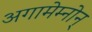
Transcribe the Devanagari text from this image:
अगामेम्नोन्